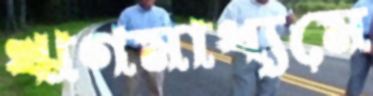
ঋণমাধ্যমে